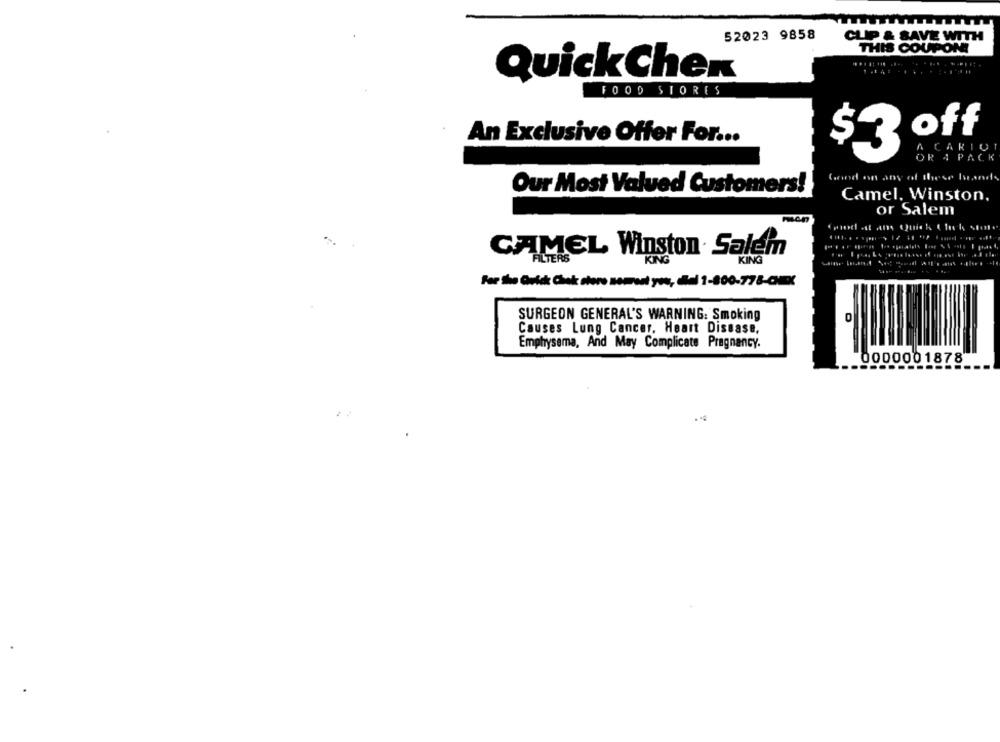
52023 9858
CLIP & SAVE WITH
THIS COUPON!
QuickChen
FOOD STORES
An Exclusive Offer For ...
$ 3 off
A CARIO
OR 4 PACK
and on any of these hands
Our Most Valued Customers!
Camel, Winston.
or Salem
CAMEL Winston Salem
KING
For the Grid Chek store somurt you, del 1-800-778-C
SURGEON GENERAL'S WARNING: Smoking
0
Causes Lung Cancer, Heart Disease,
Emphysema, And May Complicate Pregnancy.
0000001878